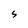
Character: s